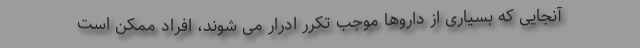
آنجایی که بسیاری از داروها موجب تکرر ادرار می شوند، افراد ممکن است